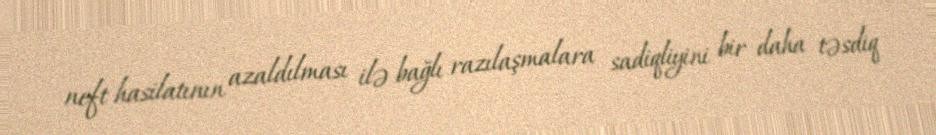
neft hasilatının azaldılması ilə bağlı razılaşmalara sadiqliyini bir daha təsdiq